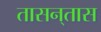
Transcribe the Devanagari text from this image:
तासन्‌तास